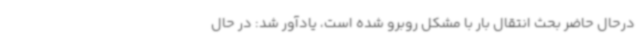
درحال حاضر بحث انتقال بار با مشکل روبرو شده است، یادآور شد: در حال